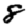
Digit: 8